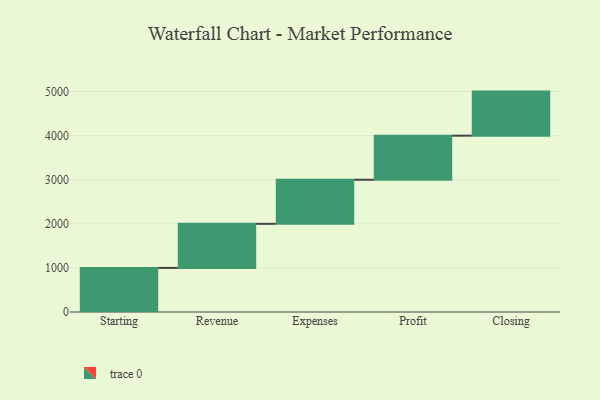
{"axis": {"x": "Step", "y": "Value"}, "legend": [""], "data": [{"x": "Starting", "y": 1000, "type": ""}, {"x": "Revenue", "y": 1000, "type": ""}, {"x": "Expenses", "y": 1000, "type": ""}, {"x": "Profit", "y": 1000, "type": ""}, {"x": "Closing", "y": 1000, "type": ""}]}